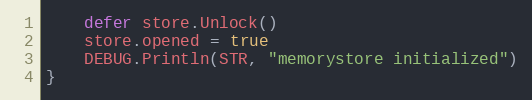
Language: Go
	defer store.Unlock()
	store.opened = true
	DEBUG.Println(STR, "memorystore initialized")
}